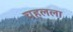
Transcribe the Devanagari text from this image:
चहलला